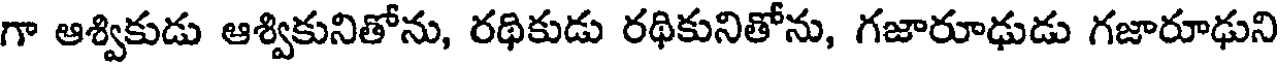
గా ఆశ్వికుడు ఆశ్వికునితోను, రథికుడు రథికునితోను, గజారూఢుడు గజారూఢుని